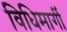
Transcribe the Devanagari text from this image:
विधिमार्गी